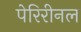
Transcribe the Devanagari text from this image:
पेरिरीनल